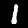
Digit: 1